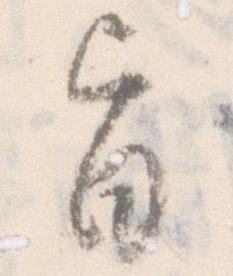
旨